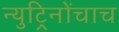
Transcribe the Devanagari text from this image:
न्युट्रिनोंचाच